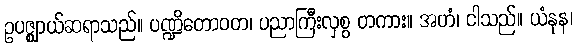
ဥပဇ္ဈာယ်ဆရာသည်။ ပဏ္ဍိတောဝတ၊ ပညာကြီးလှစွ တကား။ အဟံ၊ ငါသည်။ ယံနုန၊